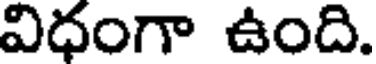
విధంగా ఉంది.